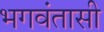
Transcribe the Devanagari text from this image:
भगवंतासी